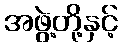
အဖွဲ့တို့နှင့်